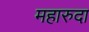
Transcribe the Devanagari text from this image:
महारुदा